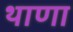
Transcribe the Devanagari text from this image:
थाणा